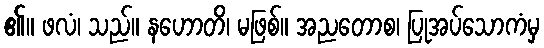
၏။ ဖလံ၊ သည်။ နဟောတိ၊ မဖြစ်။ အညတောစ၊ ပြုအပ်သောကံမှ